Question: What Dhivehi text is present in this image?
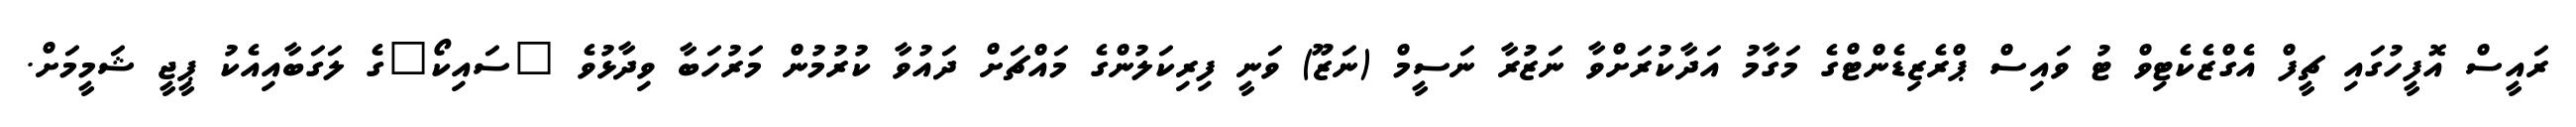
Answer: ރައީސް އޮފީހުގައި ޗީފް އެގްޒެކެޓިވް ޓު ވައިސް ޕްރެޒިޑެންޓްގެ މަގާމު އަދާކުރަށްވާ ނަޒުރާ ނަސީމް (ނަޒޫ) ވަނީ ފިރިކަލުންގެ މައްޗަށް ދައުވާ ކުރުމުން މަރުހަބާ ވިދާޅުވެ "ސައިކޯ"ގެ ލަގަބާއިއެކު ޕީޖީ ޝަމީމަށް.